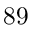
8 9